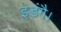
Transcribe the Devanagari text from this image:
इडंगै।